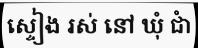
ស្ទៀង រស់ នៅ ឃុំ ជាំ